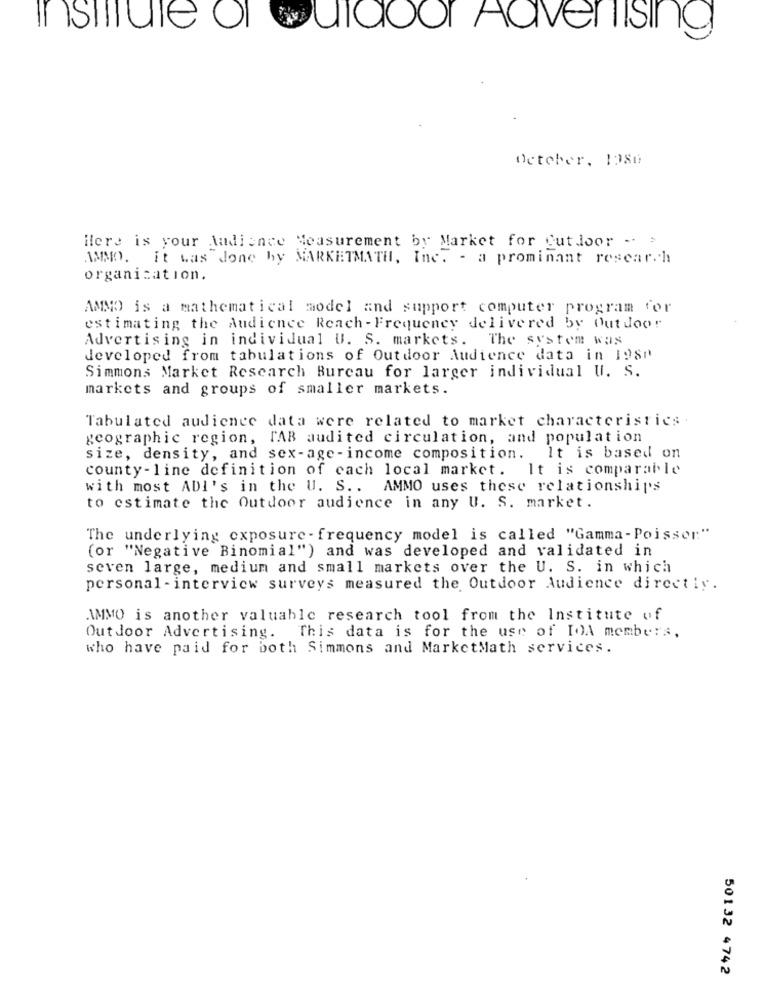
in shifale of waldoor Aaveriising
October. 1986
Here is your Audience Measurement by Market for Outdoor - >
WMO. it was done by MARKETMATH, Inc. - a prominant research
organisation.
AMNO is a mathematical model and support computer program for
estimating the Audience Reach - Frequency delivered by Outdoor
Advertising in individual U. S. markets. The system was
developed from tabulations of Outdoor Audience data in 1980
Simmons Market Research Bureau for larger individual U. S.
markets and groups of smaller markets.
Tabulated audience data were related to market characteristics.
geographic region, TAB audited circulation, and population
size, density, and sex-age-income composition. It is based on
county-line definition of each local market. It is comparable
with most ADI's in the U. S .. AMMO uses these relationships
to estimate the Outdoor audience in any U. S. market.
The underlying exposure - frequency model is called "Gamma-Poisson"
(or "Negative Binomial") and was developed and validated in
seven large, medium and small markets over the U. S. in which
personal -interview surveys measured the Outdoor Audience directly.
AMMO is another valuable research tool from the Institute of
This data is for the use of IOA members,
Outdoor Advertising.
who have paid for both Simmons and MarketMath services.
50132 4742